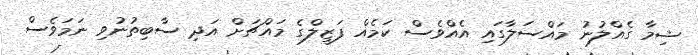
ޝިމާ ގެއްލުނު މައްސަލާގައި އެއްވެސް ކަމެއް ފަޒީލްގެ މައްޗަށް އަދި ސާބިތުނުވި ނަމަވެސް